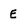
Character: E